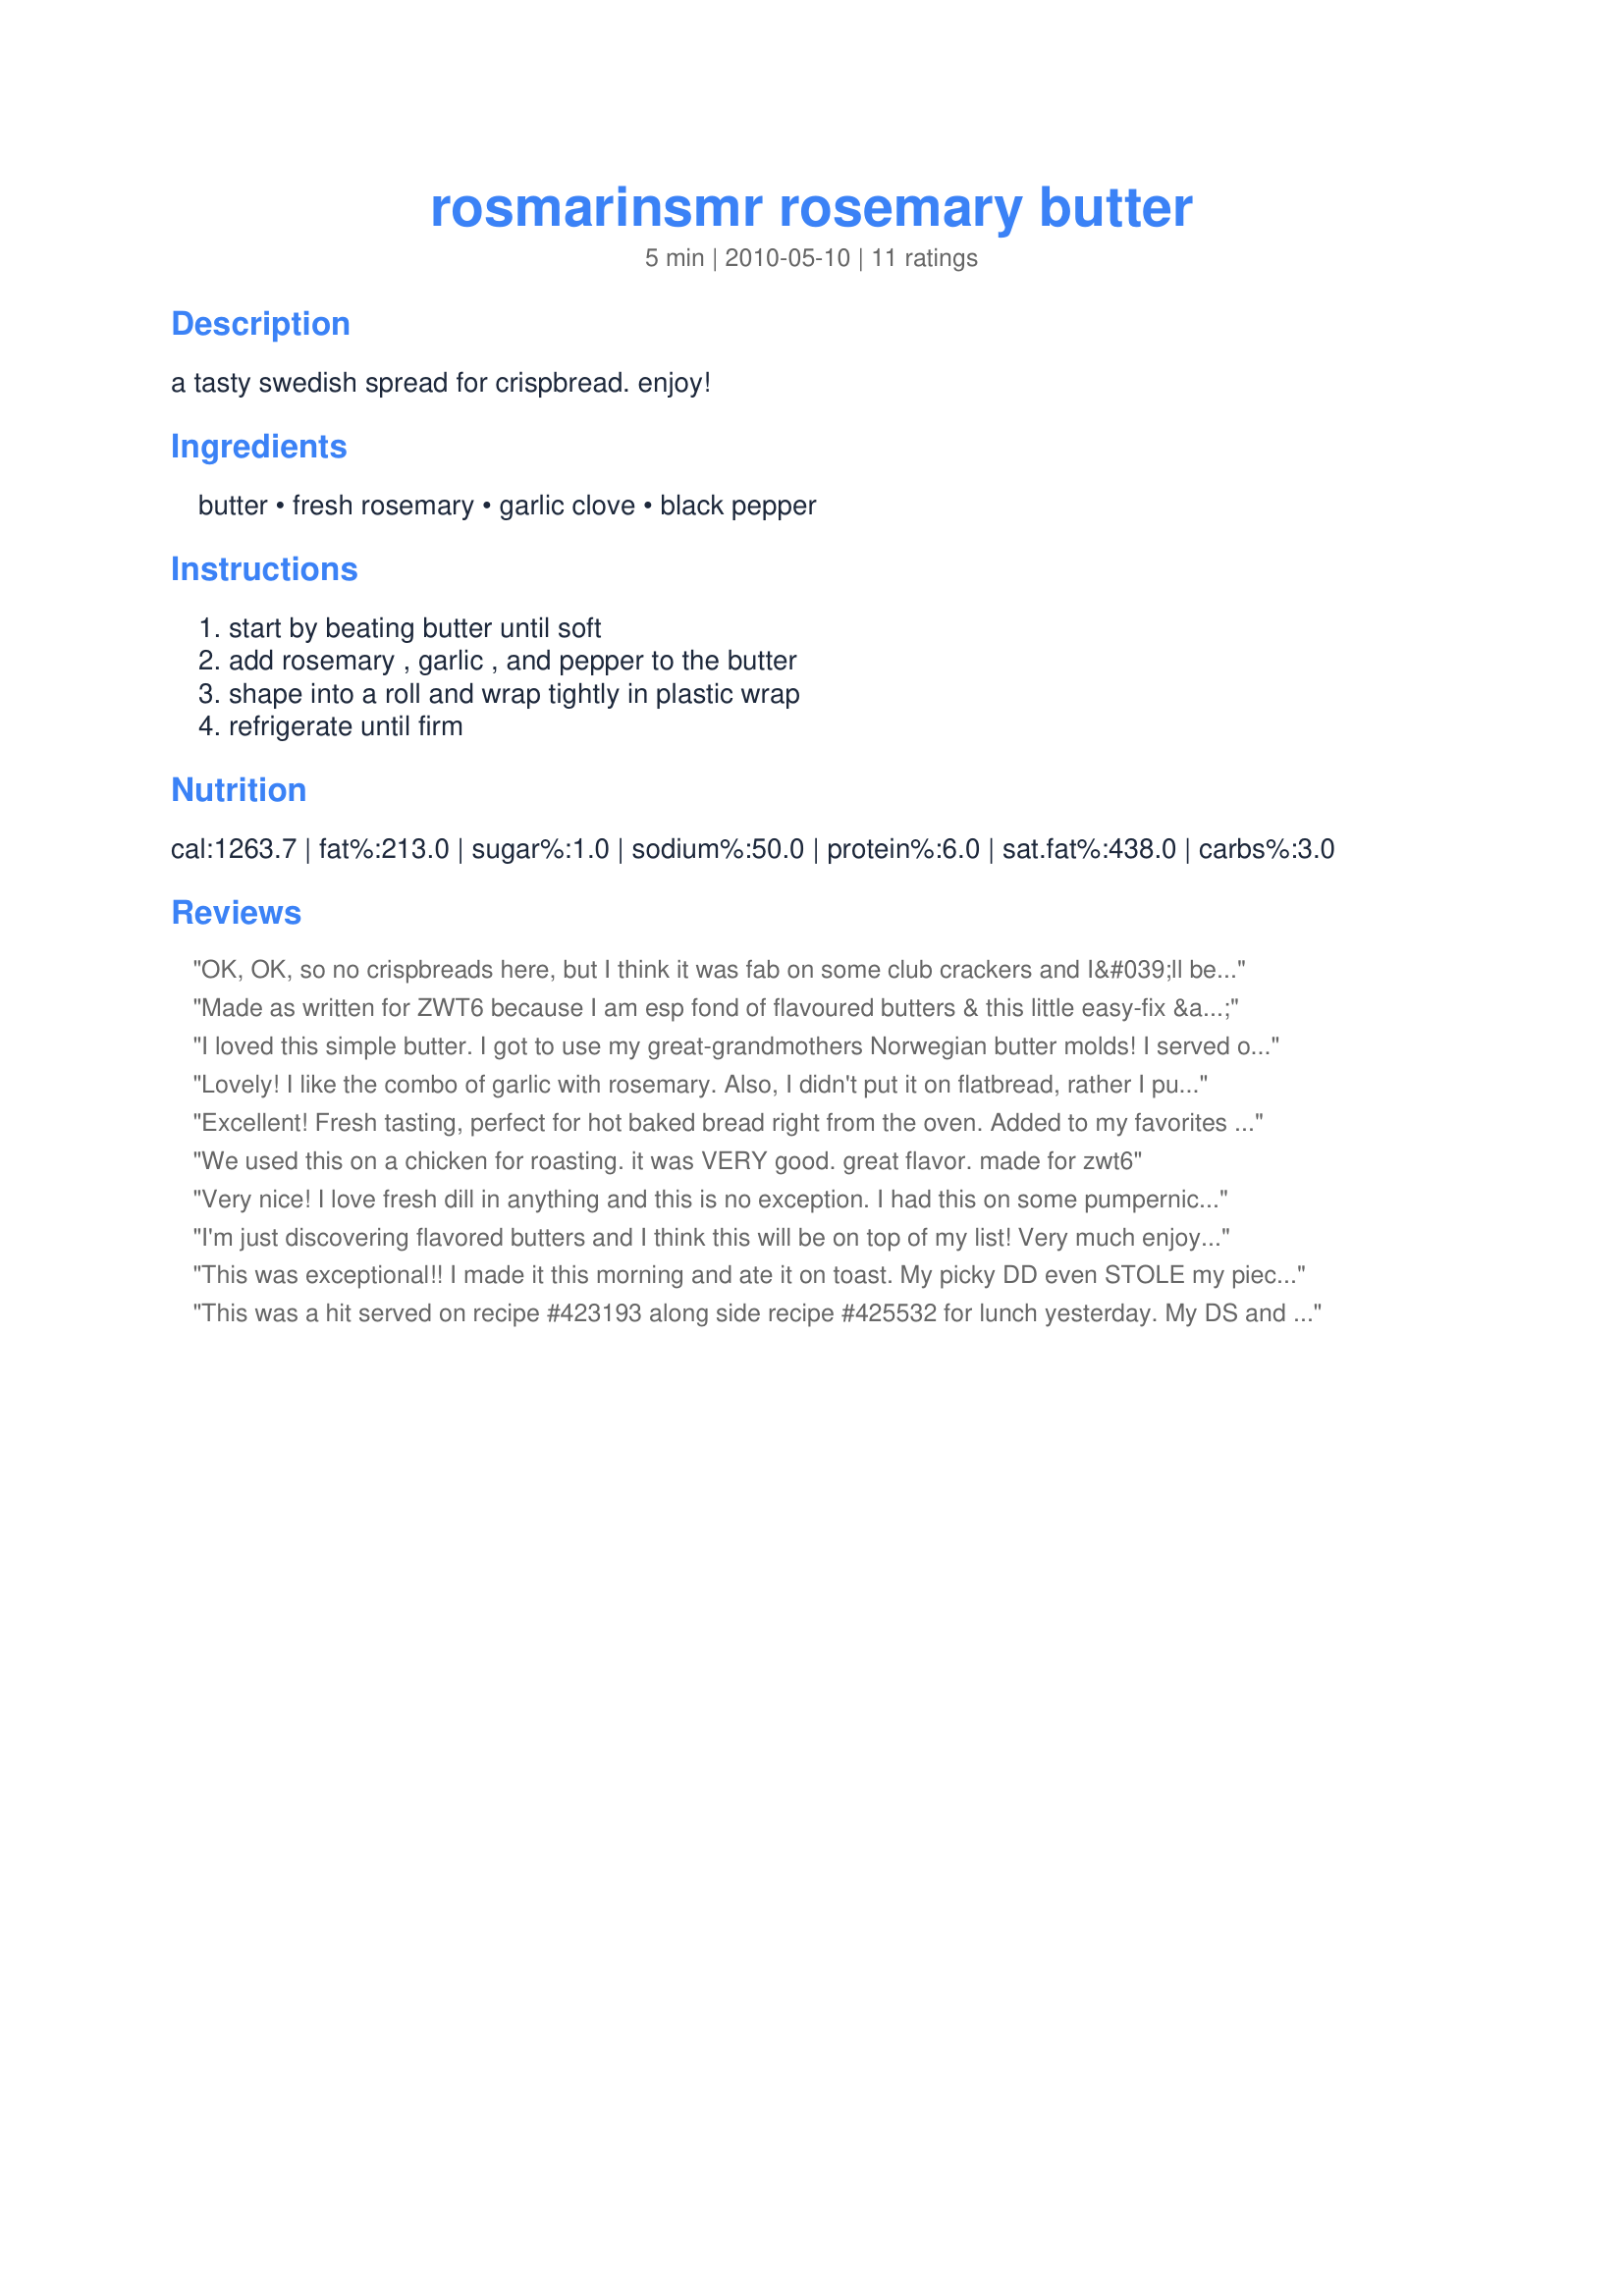
rosmarinsmr rosemary butter
Preparation time: 5 minutes

a tasty swedish spread for crispbread. enjoy!

Ingredients:
butter, fresh rosemary, garlic clove, black pepper

Steps:
start by beating butter until soft, add rosemary , garlic , and pepper to the butter, shape into a roll and wrap tightly in plastic wrap, refrigerate until firm

Reviews:
OK, OK, so no crispbreads here, but I think it was fab on some club crackers and I&#039;ll bet it would be even better on some roasted potatoes! Yum! I liked it more than I was prepared to; sometimes I think rosemary is overpowering, but this just sings! Perfect! Thanks for sharing another winner, Nif!
Made as written for ZWT6 because I am esp fond of flavoured butters & this little easy-fix & tasty recipe features an herb popular in Iceland that will enjoy major use in my kitchen. There are so many options that it boggles the mind .. including being used to baste grilled lamb/chicken, accompany veggies/potatoes (esp roasted) or slather on bread/rolls just to name a few. I am very pleased to have found this recipe, so thx for posting it. ... Adding that I rarely compete w/a pic posted by Bren when I can avoid it & she has posted a stellar one for your recipe. :-)
I loved this simple butter. I got to use my great-grandmothers Norwegian butter molds! I served on nice crisp crackers. Will absolutely make again. Thanks for posting Nif!! Made for CQ 2017, Scandinavia
Lovely! I like the combo of garlic with rosemary. Also, I didn't put it on flatbread, rather I put a slice on each serving of mashed potatoes! Yum! Made for CQ4/2017
Excellent! Fresh tasting, perfect for hot baked bread right from the oven. Added to my favorites folder, its a keeper!!
ZWT6
We used this on a chicken for roasting. it was VERY good. great flavor. made for zwt6
Very nice! I love fresh dill in anything and this is no exception. I had this on some pumpernickel bread. Made for ZWT6 and the Voracious Vagabonds.
I'm just discovering flavored butters and I think this will be on top of my list! Very much enjoyed. Made for ZWT6
This was exceptional!! I made it this morning and ate it on toast. My picky DD even STOLE my piece of toast!! :) This will have to be made over & over. Made for ZWT6.
This was a hit served on recipe #423193 along side recipe #425532 for lunch yesterday. My DS and his GF slathered the rolls with your butter and mentioned several times how good it was. There wasn't any left but I bet this would be AWESOME melted over hot veggies- for some reason carrots come to mind. I used fresh rosemary from my herb garden and jarred minced garlic. This is definitely a recipe I will double or even quadruple in the future. I bet you could freeze it too. Made for Scandinavian region of ZWT 6.
Delightful! I served this on dark bread alongside beef stew. It is easy to make & I will be making it again! Made for ZWT6.
